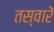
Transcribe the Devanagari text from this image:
तस्‍वारें